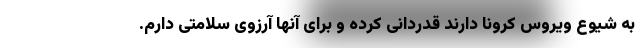
به شیوع ویروس کرونا دارند قدردانی کرده و برای آنها آرزوی سلامتی دارم.